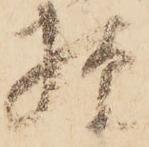
様